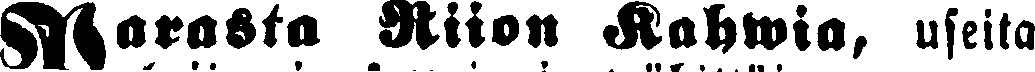
# Parasta Riion Kahwia, useita